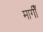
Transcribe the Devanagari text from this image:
मागीँ